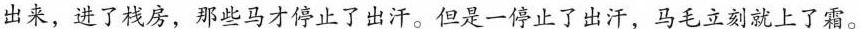
出来，进了栈房，那些马才停止了出汗。但是一停止了出汗，马毛立刻就上了霜。